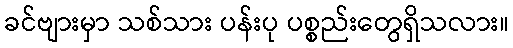
ခင်ဗျားမှာ သစ်သား ပန်းပု ပစ္စည်းတွေရှိသလား။